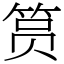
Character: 筼